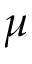
\mu